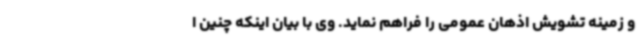
و زمینه تشویش اذهان عمومی را فراهم نماید. وی با بیان اینکه چنین ا